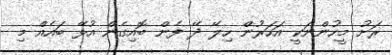
ރަށު މީހުންނަކީ އަހަރުން ހިލޭ ދޭ ފެން ބޮއިގެން އުޅޭ ބައެއް މި